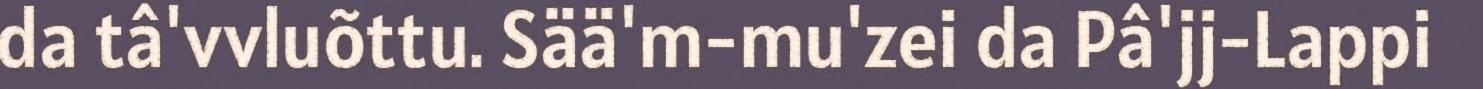
da tâ'vvluõttu. Sää'm-mu'zei da Pâ'jj-Lappi